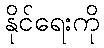
နိုင်ရေးကို